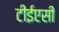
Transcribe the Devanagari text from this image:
टीईएसी